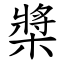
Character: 槳